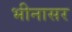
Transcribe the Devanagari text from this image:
भीनासर